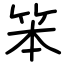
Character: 笨